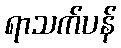
ရာသက်ပန်